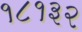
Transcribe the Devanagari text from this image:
१८१३२